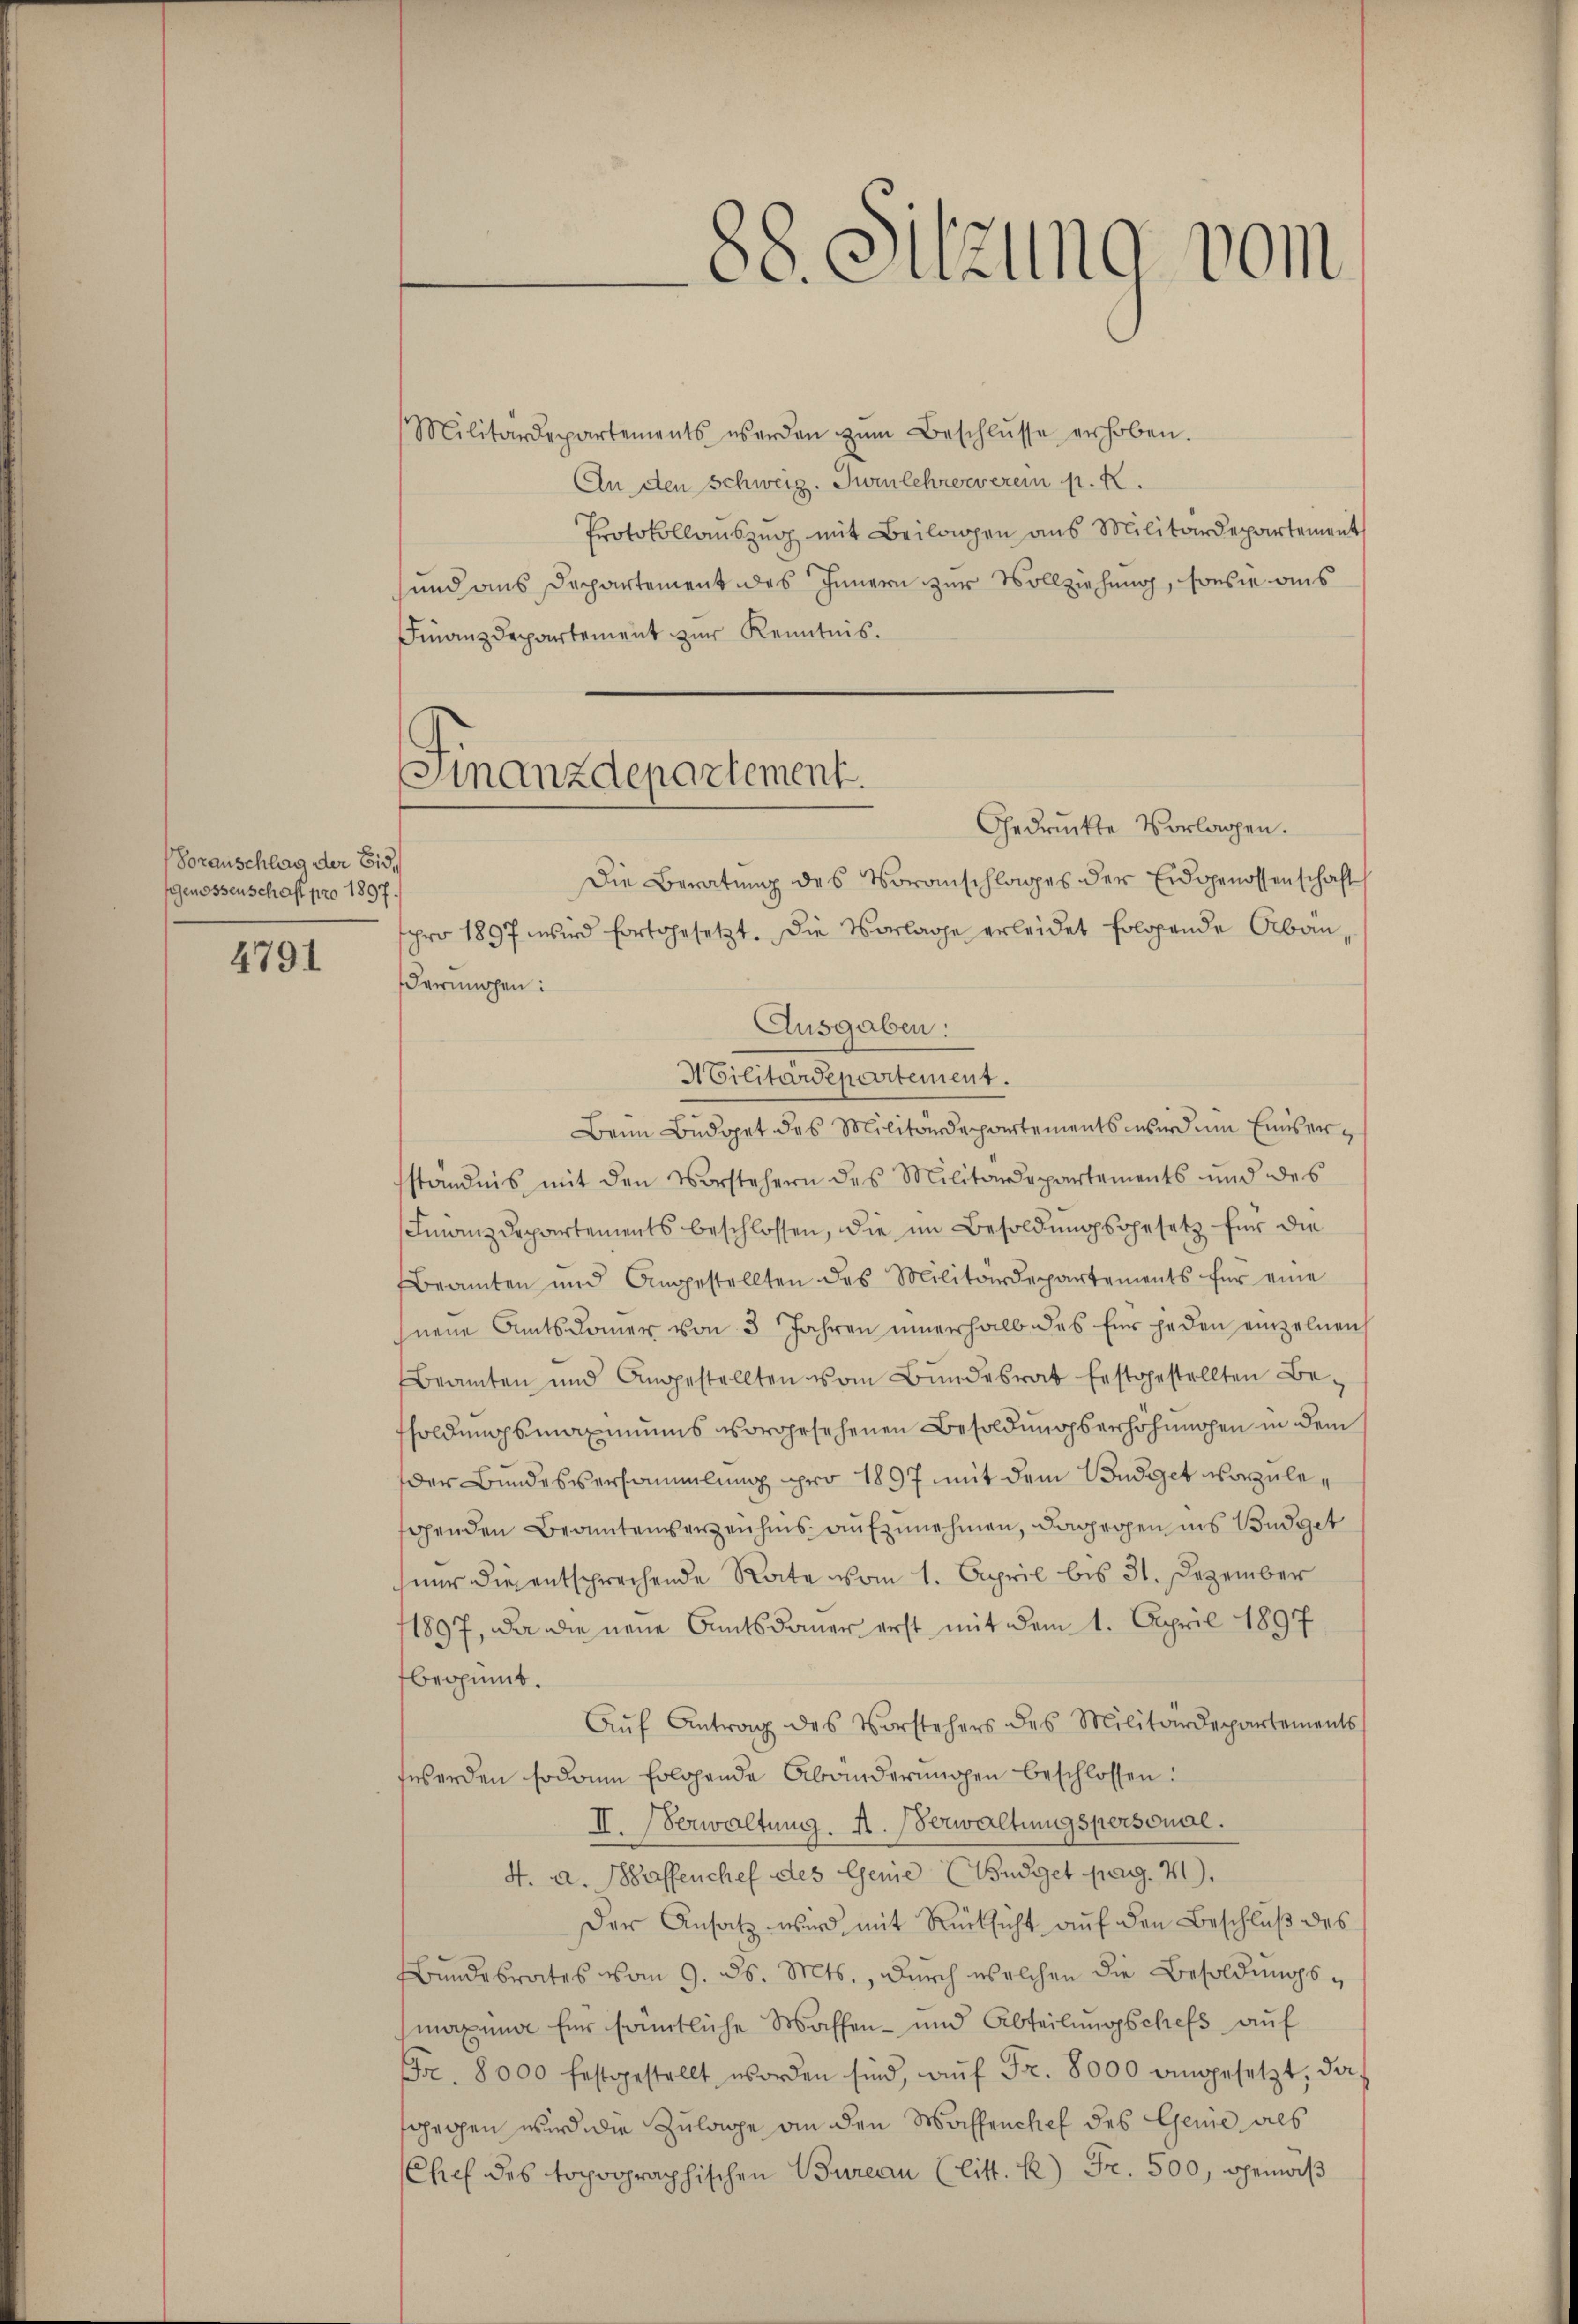
Vorauschlag der Eid,
Genossenschaft pro 1897.

4791

Finanzdepartement.
Gedruckte Vorlagen.

88. Sitzung vom

Militärdepartements werden zŭm Beschlŭsse erhoben.
An den Schweiz. Zwinlehrerverein p. K
Protokollauszug mit Beilagen aus Militärdepartement
und aus Departement des Innern zur Vollziehung, sowie aus
Finanzdepartement zur Kenntnis.
Die Beratung des Voranschlages der Eidgenossenschaft
spro 1897 wird fortgesetzt. Die Vorlage erleidet folgende Abänderungen:
Ausgaben:
Militärdepartement.
Beim Büdget des Militärdepartements wird um Einsersständnis mit den Vorstehern des Militärdepartements und des
Finanzdepartements beschlossen, die im Besoldungsgesetz für die
Beamten und Angestellten des Militärdepartements für eine
hneue Amtsdamer von 3 Jahren innerhalb das für jeden einzelnen
Beamten und Angestellten vom Bŭndesrat festgestellten Be-
fsoldungsmaxiniums vorgesehenen Besoldungserhöhungen in dem
der Bundesversammlung pro 1897 mit dem Budget vorzulegenden Beantenverzeichnis aufzunehmen, dagegen ins Budget
hnur diesentsprechende Rate vom 1. April bis 31. Dezember
11897, da die neue Amtsdauer erst mit dem 1. April 1897
beginnt.
Aŭf Antrag des Vorstehers des Militärdepartements
werden sodann folgende Abänderŭngen beschlossen:
II. Verwaltung. A. Verwaltungspersonal.
4. a. Waffenchef des Genie (Budget pag. 41).
Der Ansatz wird mit Rücksicht auf den Beschluß des
Bundesrates vom 9. ds. Mts., durch welchen die Besoldungsmaxima für sämtliche Waffen- und Abteilungschefs auf
Fr. 8000 festgestellt worden sind, aŭf Fr. 8000 angesetzt, da
sgegen wird die Zulage an den Waffenchef des Geme als
Chef des topographischen Bureau (litt. e) Fr. 500, gemäß